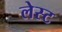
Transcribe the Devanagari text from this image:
लेस्ट